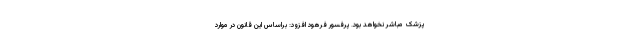
پزشک مباشر نخواهد بود. پرفسور فرهود افزود: براساس این قانون در موارد